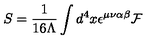
S = \frac 1 { 1 6 \Lambda } \int d ^ { 4 } x { } \epsilon ^ { \mu \nu \alpha \beta } { } { \cal F }